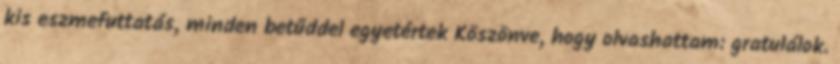
kis eszmefuttatás, minden betűddel egyetértek Köszönve, hogy olvashattam: gratulálok.